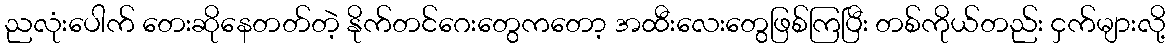
ညလုံးပေါက် တေးဆိုနေတတ်တဲ့ နိုက်တင်ဂေးတွေကတော့ အထီးလေးတွေဖြစ်ကြပြီး တစ်ကိုယ်တည်း ငှက်များလို့